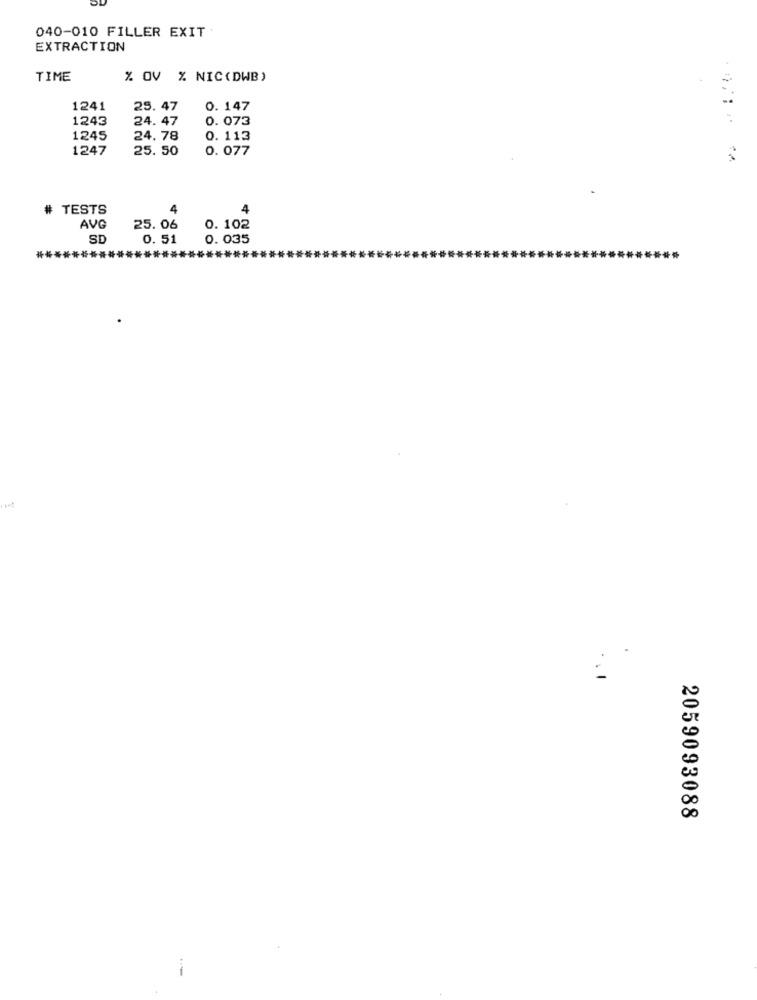
040-010 FILLER EXIT
EXTRACTION
TIME
% OV % NIC(DWB)
1241
25. 47
0. 147
1243
24.47
0. 073
1245
24. 78
0. 113
1247
25. 50
0. 077
# TESTS
4
4
AVG
25.06
0. 102
SD
0.51
0. 035
2059093088